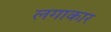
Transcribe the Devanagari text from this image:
लगाकार